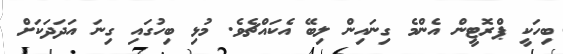
ބިހަކީ ޕްރޮޓީން އެންމެ ގިނައިން ލިބޭ އެކައްޗެވެ. މުޅި ބިހުގައި ގިނަ އަދަދަކަށް